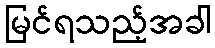
မြင်ရသည့်အခါ